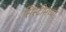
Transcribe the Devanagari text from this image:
सिस्टीमच्या